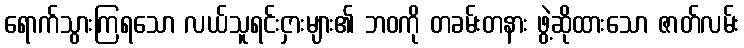
ရောက်သွားကြရသော လယ်သူရင်းငှားများ၏ ဘဝကို တခမ်းတနား ဖွဲ့ဆိုထားသော ဇာတ်လမ်း